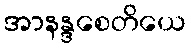
အာနန္ဒစေတိယေ